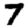
Digit: 7